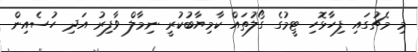
މި މެޗުގައި ފިހާޅޮހި ޓީމުގެ ގޯލުތައް ކާމިޔާބުކުރީ ނިމާލް ވާފިރު އަދި ހުސެއިން